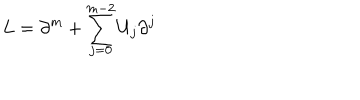
LaTeX: L = \partial ^ { m } + \sum _ { j = 0 } ^ { m - 2 } U _ { j } \partial ^ { j }